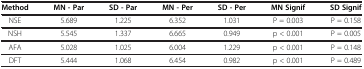
<table><thead><tr><td><b>Method</b></td><td><b>MN - Par</b></td><td><b>SD - Par</b></td><td><b>MN - Per</b></td><td><b>SD - Per</b></td><td><b>MN Signif</b></td><td><b>SD Signif</b></td></tr></thead><tbody><tr><td>NSE</td><td>5.689</td><td>1.225</td><td>6.352</td><td>1.031</td><td>P = 0.003</td><td>P = 0.158</td></tr><tr><td>NSH</td><td>5.545</td><td>1.337</td><td>6.665</td><td>0.949</td><td>p &lt; 0.001</td><td>P = 0.005</td></tr><tr><td>AFA</td><td>5.028</td><td>1.025</td><td>6.004</td><td>1.229</td><td>p &lt; 0.001</td><td>P = 0.148</td></tr><tr><td>DFT</td><td>5.444</td><td>1.068</td><td>6.454</td><td>0.982</td><td>p &lt; 0.001</td><td>P = 0.489</td></tr></tbody></table>